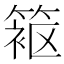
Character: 𬕦